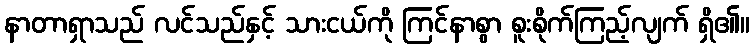
နာတာရှာသည် လင်သည်နှင့် သားငယ်ကို ကြင်နာစွာ စူးစိုက်ကြည့်လျက် ရှိ၏။